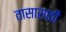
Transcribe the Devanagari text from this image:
तासासाठी